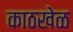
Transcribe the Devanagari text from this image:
काठखेळ